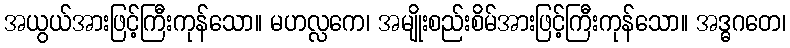
အယွယ်အားဖြင့်ကြီးကုန်သော။ မဟလ္လကေ၊ အမျိုးစည်းစိမ်အားဖြင့်ကြီးကုန်သော။ အဒ္ဓဂတေ၊